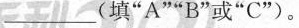
___(填”A””B”或”C”)。